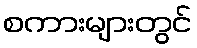
စကားများတွင်